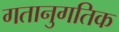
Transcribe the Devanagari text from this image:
गतानुगतिक